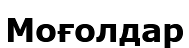
Моғолдар